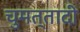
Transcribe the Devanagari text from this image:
चुमत्तादी